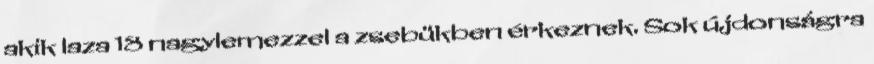
akik laza 18 nagylemezzel a zsebükben érkeznek. Sok újdonságra